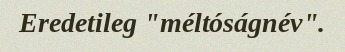
Eredetileg "méltóságnév".